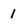
Character: 1